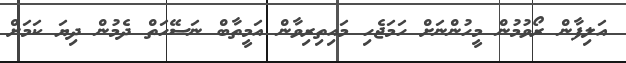
އަލިފާން ރޯވުމުން މީހުންނަށް ހަމަޖެހި މައިތިރިވާން އަމީތާބް ނަސޭހަތް ދެމުން ދިޔަ ކަމަށް